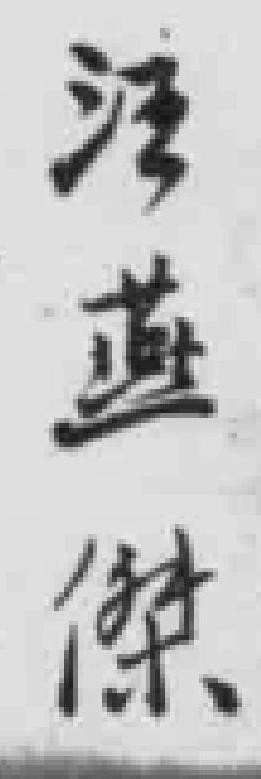
汪燕傑